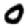
Digit: 0